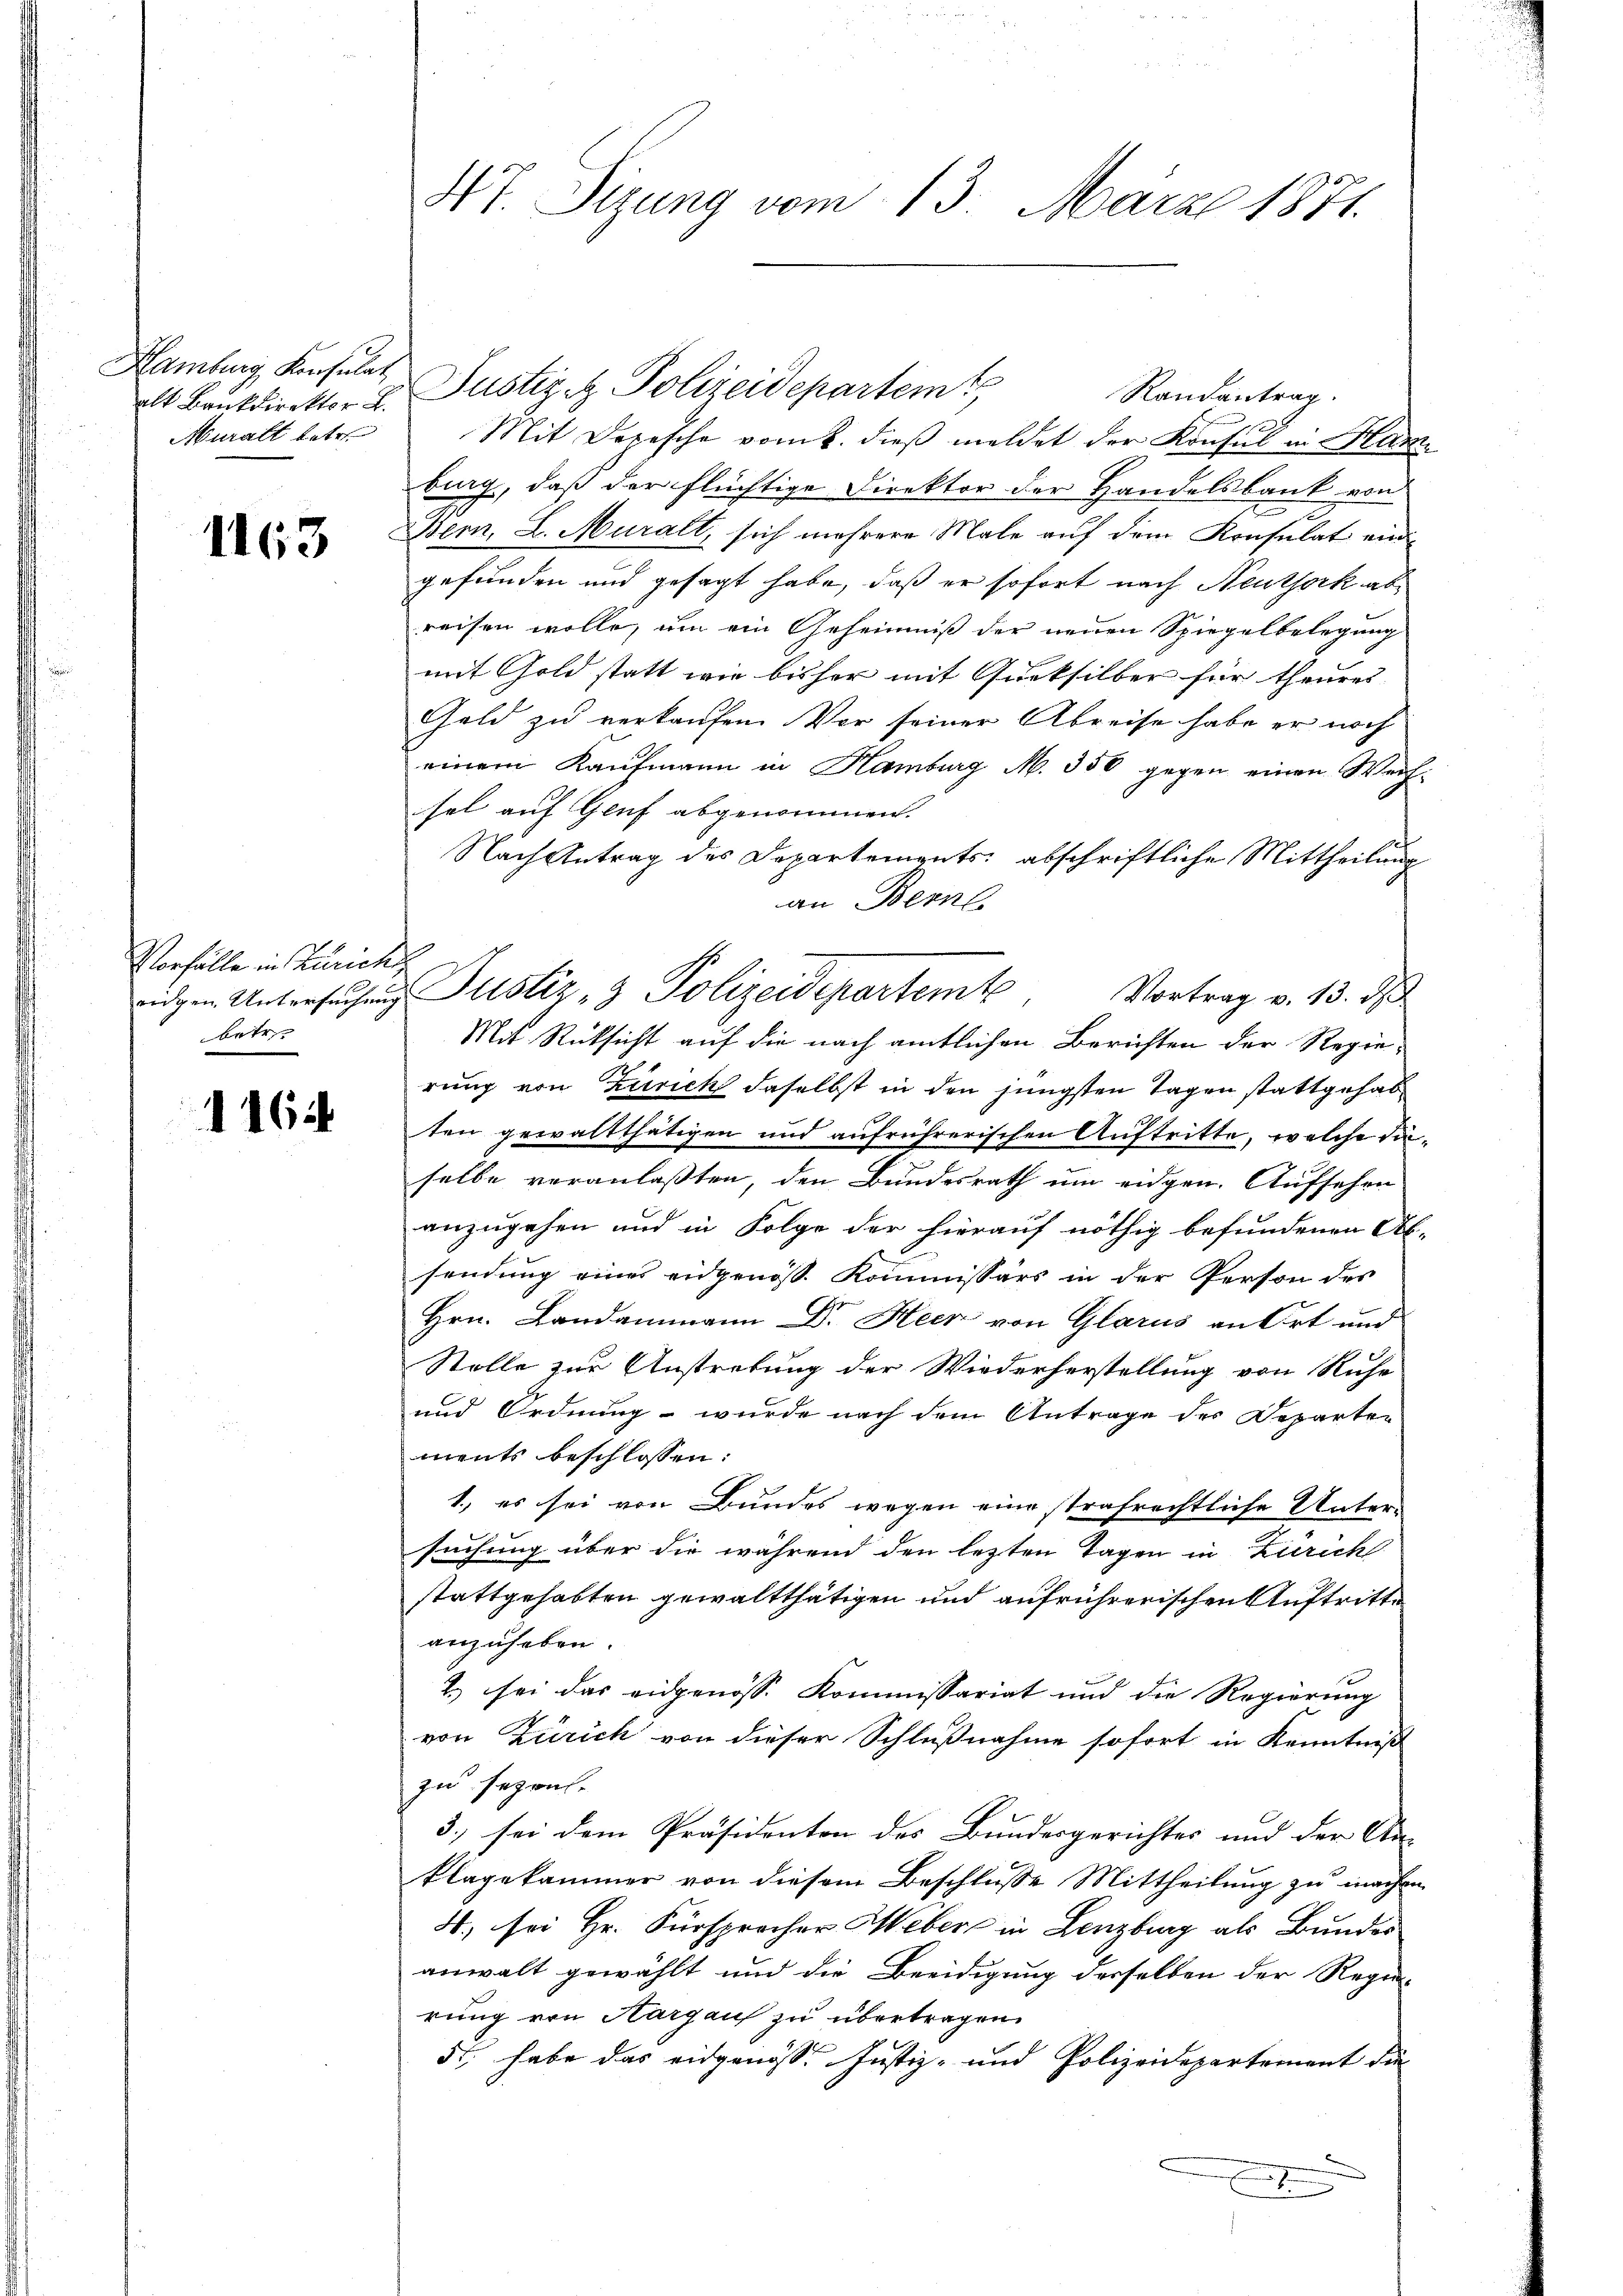
alt Bankdirektor L.
Muralt betr.

1163

Vorfälle in Zürich
betr.

1164

47. Sizung vom 13. März 1871.

Hamburg Konsulat Justiz- & Polizeidepartem
Randantrag.
Mit Depesche vom k. dieß meldet der Konsul in Mann
burg, daß der flüchtige Direktor der Handelsbank von
e
Bern, L. Muralt, sich mehrere Male auf dem Konsulat ein
gefunden und gesagt habe, daß er sofort nach Neuthork abreisen wolle, um ein Geheimniß der neuen Spiegelbelegung
mit Gold statt wie bisher mit Gurksilber für theures
Geld zu verkaufen. Vor seiner Abreise habe er noch
einem Kaufmann in Hamburg M. 350 gegen einen Weihsel auf Genf abgenommen.
Nach Antrag des Departements abschriftliche Mittheilung
an Bern
Vortrag v. 13. d.
rung von Zurick daselbst in den jüngsten Tagen stattgehabten gewaltthätigen und aufrührerischen Auftritte, welche daselbe veranlaßten, den Bundesrath um eidgen. Aufsehen
anzugehen und in Folge der hierauf nöthig befundenen Ab-
sendung eines eidgenöss. Kommissärs in der Person der
Hrn. Landammann Dr. Heer von Glarus an Ort und
Stolle zur Anstretung der Wiederherstellung von Ruhe
und Ordnung - wurde nach dem Antrage des Departen
ments beschlossen:
1., es sei von Bundes wegen eine strafrechtliche Unter-
suchung über die während den letzten Tagen in Zürich
stattgehabten gewaltthätigen und aufrührerischen Auftritte
anzuheben.
2.) sei das eidgenosse Kommissariat und die Regierung
von Zürich von dieser Schlußnahme sofort in Kenntniß
zu seprel.
3.) sei dem Präsidenten des Bundesgerichtes und der An-
klagekammer von diesem Beschlusse Mittheilung zu machen
4., sei Hr. Fürsprocher Weber in Lenzburg als Bundes
anwalt gewählt und die Beeidigung derselben der Regie-
rung von Aargau zu übertragen.
5t. habe das eidgenosse Justiz- und Polizeidepartement die
E

angen Untersuchung Justiz & Polizeidepartemte
Mit Rücksicht auf die nach amtlichen Berichten der Regie¬